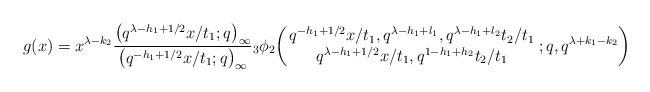
LaTeX: \begin{align*} g(x) & = x^{\lambda -k_2} \frac{\big( q^{\lambda -h_1 +1/2} x /t_1 ; q\big)_{\infty}}{\big( q^{ -h_1 +1/2} x /t_1 ; q\big)_{\infty}} {}_3\phi_2 \biggl(\!\! \begin{array}{c} q^{ -h_1 +1/2} x /t_1, q^{\lambda -h_1 + l_1},q^{\lambda -h_1 + l_2} t_2 /t_1 \\ q^{\lambda -h_1 +1/2} x /t_1, q^{ 1 -h_1 + h_2} t_2 / t_1 \end{array}\! ;q,q^{\lambda +k_1 -k_2} \biggr)\end{align*}